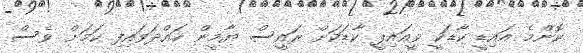
ކޮންމެ އައިޑީ ކާޑަކީ ވީއައިޕީ ކާޑަކަށް ރައީސް ޔާމީން ހައްދަވައިފި ކަމަށް ވެސް